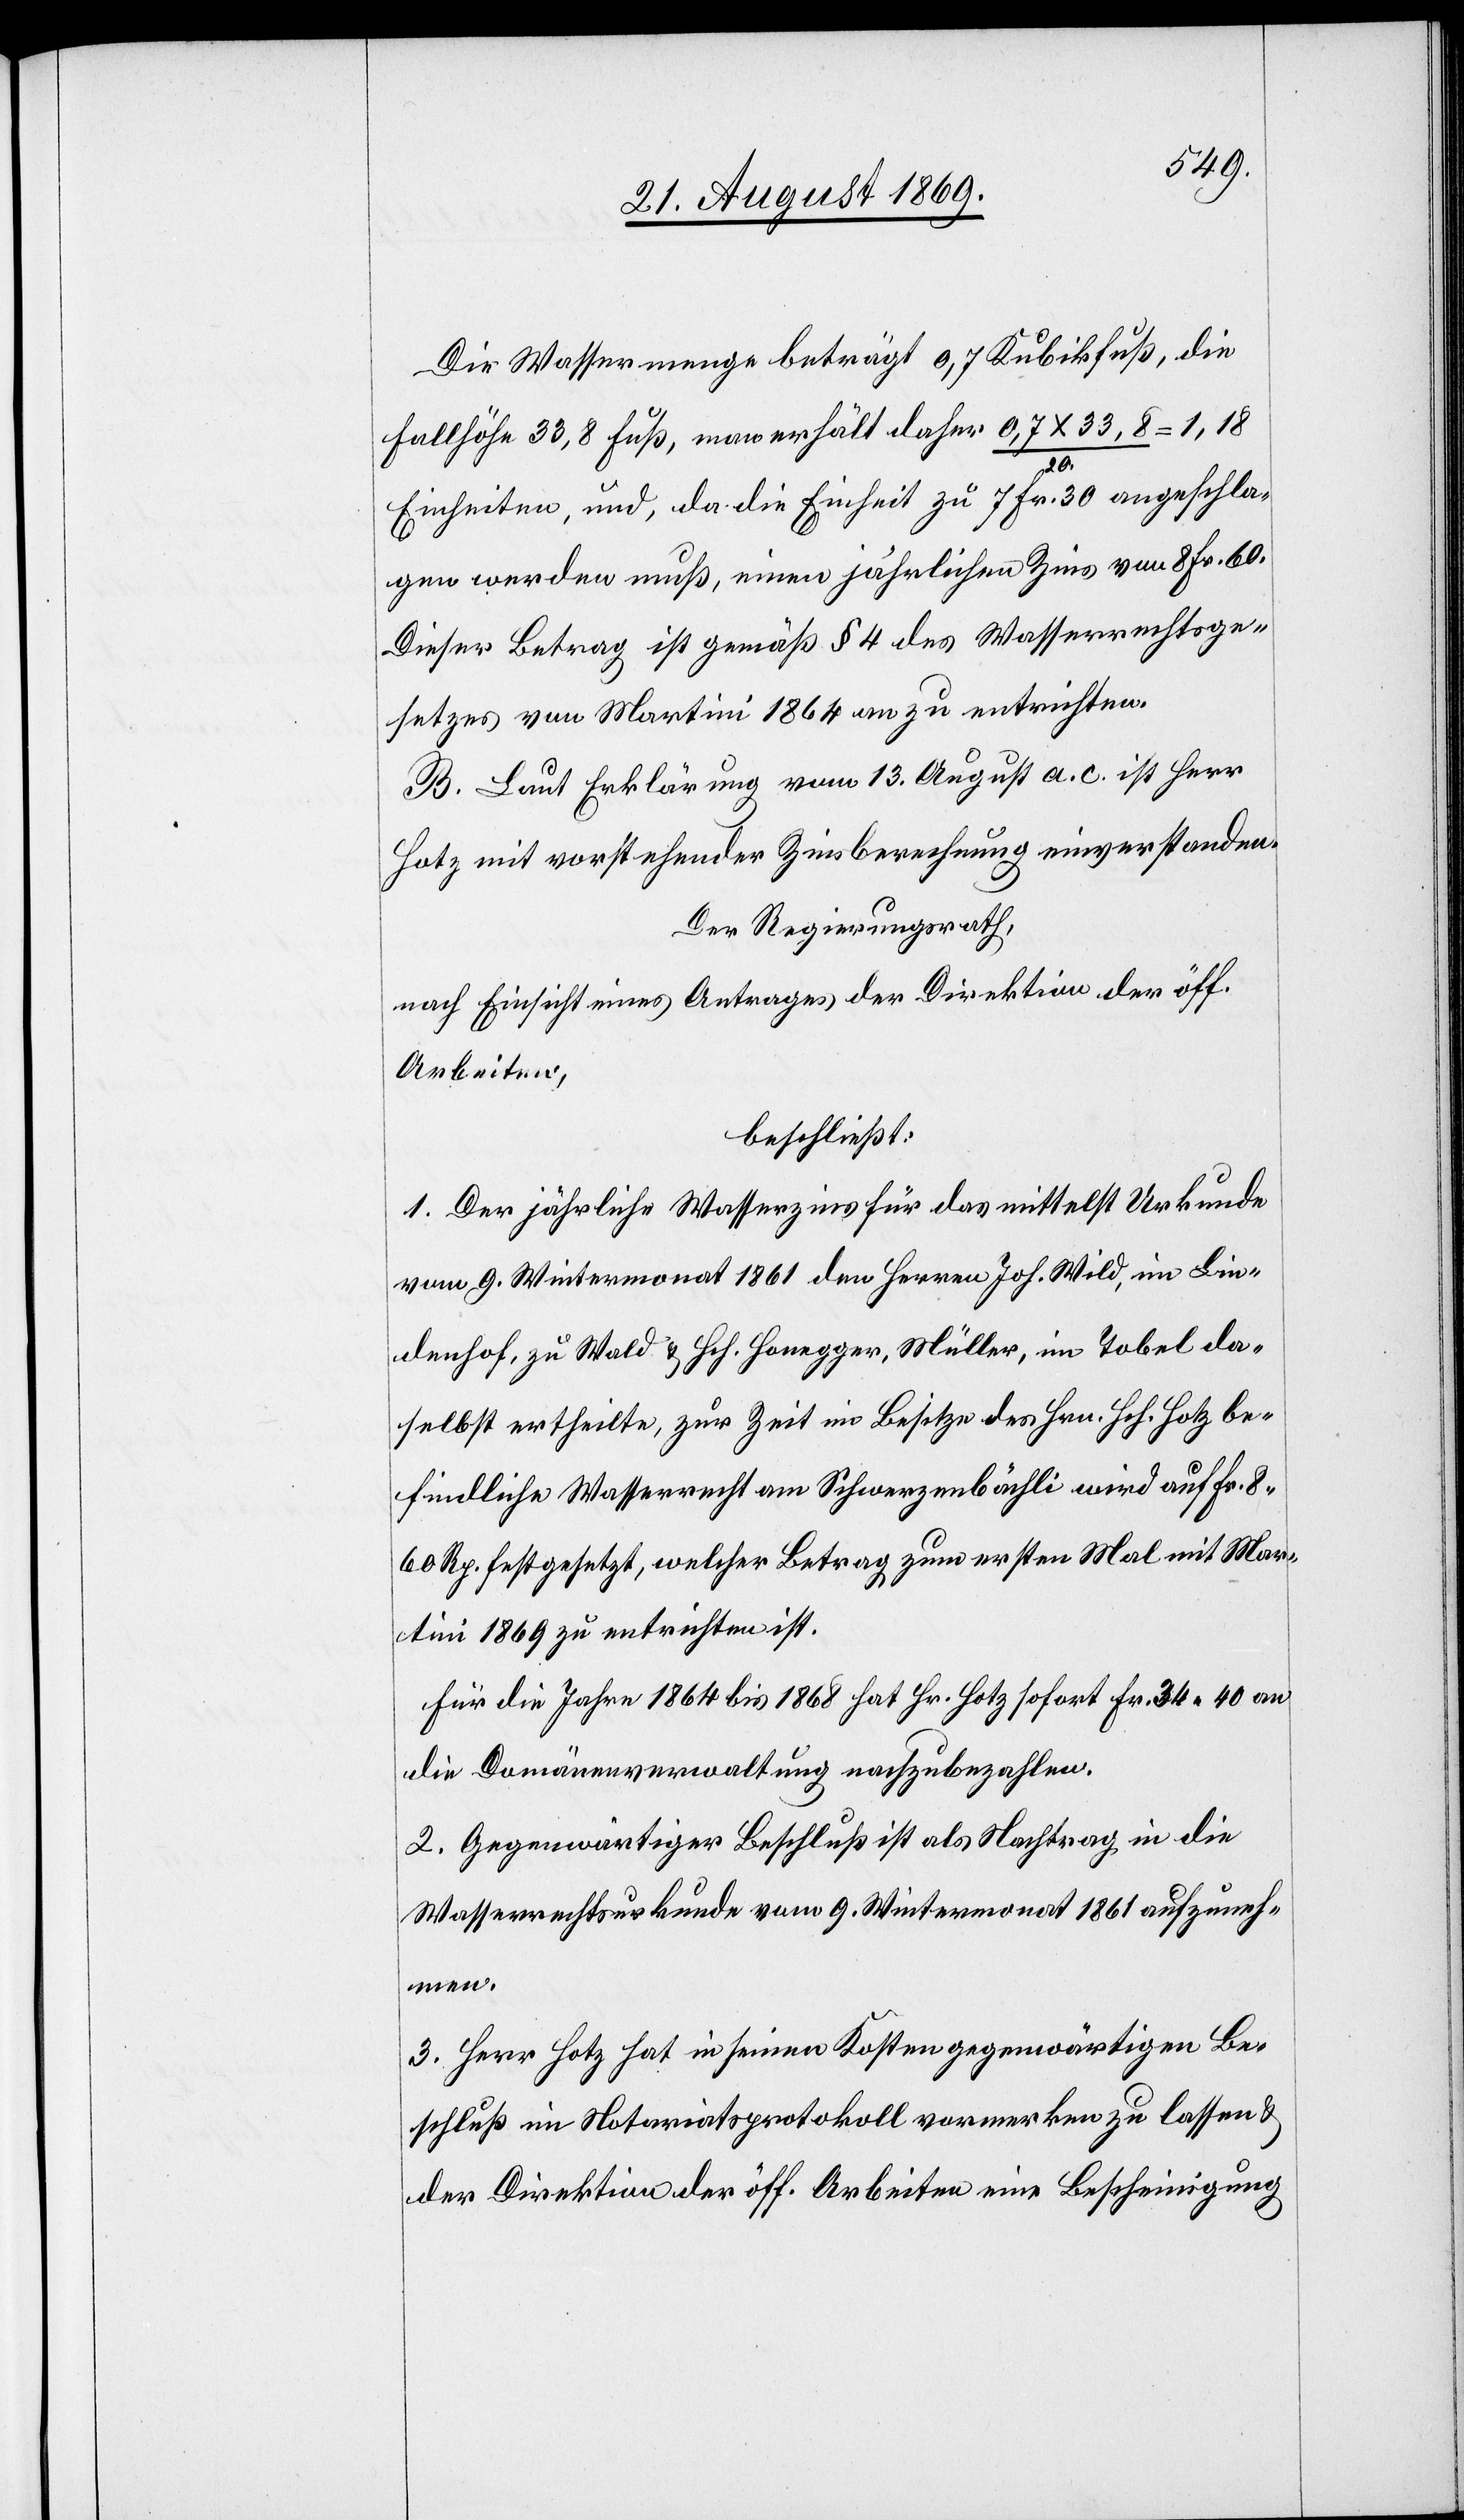
Die Wassermenge beträgt 0,7 Kubikfuß, die
Fallhöhe 33,8 Fuß, man erhält daher 0,7 x 33,8 / 20
Einheiten, und, da die Einheit zu 7 Fr. 30 angeschla¬
gen werden muß, einen jährlichen Zins von 8 Fr. 60.
Dieser Betrag ist gemäß § 4 des Wasserrechtsge¬
setzes von Martini 1864 an zu entrichten.
B. Laut Erklärung vom 13. August a. c. ist Herr
Hotz mit vorstehender Zinsberechnung einverstanden.
Der Regierungsrath,
nach Einsicht eines Antrages der Direktion der öff.
Arbeiten,
beschließt:
1. Der jährliche Wasserzins für das mittelst Urkunde
vom 9. Wintermonat 1861 den Herren Joh. Wild, im Lin¬
denhof, zu Wald & Hch. Honegger, Müller, im Tobel da¬
selbst ertheilte, zur Zeit im Besitze des Hrn. Hch. Hotz be¬
findliche Wasserrecht am Schwerzenbächli wird auf Fr. 8
60 Rp. festgesetzt, welcher Betrag zum ersten Mal mit Mar¬
tini 1869 zu entrichten ist.
Für die Jahre 1864 bis 1868 hat Hr. Hotz sofort Fr. 34 40 an
die Domänenverwaltung nachzubezahlen.
2. Gegenwärtiger Beschluß ist als Nachtrag in die
Wasserrechtsurkunde vom 9. Wintermonat 1861 aufzuneh¬
men.
3. Herr Hotz hat in seinen Kosten gegenwärtigen Be¬
schluß im Notariatsprotokoll vormerken zu lassen &
der Direktion der öff. Arbeiten eine Bescheinigung